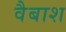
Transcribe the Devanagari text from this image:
वैबाश